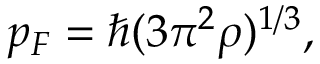
p _ { F } = \hbar ( 3 \pi ^ { 2 } \rho ) ^ { 1 / 3 } ,